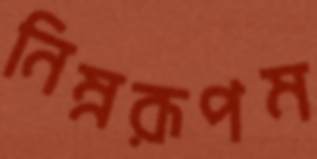
নিম্নরূপম